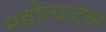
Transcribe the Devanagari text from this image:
मद्योत्पादक